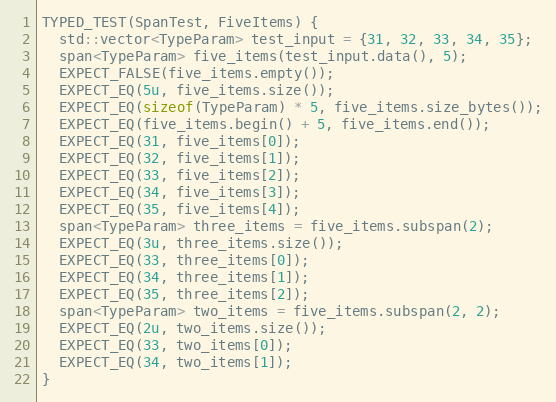
Language: C++
TYPED_TEST(SpanTest, FiveItems) {
  std::vector<TypeParam> test_input = {31, 32, 33, 34, 35};
  span<TypeParam> five_items(test_input.data(), 5);
  EXPECT_FALSE(five_items.empty());
  EXPECT_EQ(5u, five_items.size());
  EXPECT_EQ(sizeof(TypeParam) * 5, five_items.size_bytes());
  EXPECT_EQ(five_items.begin() + 5, five_items.end());
  EXPECT_EQ(31, five_items[0]);
  EXPECT_EQ(32, five_items[1]);
  EXPECT_EQ(33, five_items[2]);
  EXPECT_EQ(34, five_items[3]);
  EXPECT_EQ(35, five_items[4]);
  span<TypeParam> three_items = five_items.subspan(2);
  EXPECT_EQ(3u, three_items.size());
  EXPECT_EQ(33, three_items[0]);
  EXPECT_EQ(34, three_items[1]);
  EXPECT_EQ(35, three_items[2]);
  span<TypeParam> two_items = five_items.subspan(2, 2);
  EXPECT_EQ(2u, two_items.size());
  EXPECT_EQ(33, two_items[0]);
  EXPECT_EQ(34, two_items[1]);
}